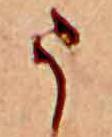
う